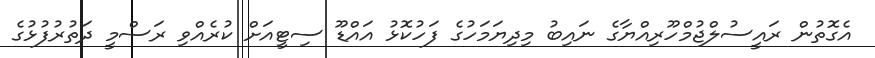
އެގޮތުން ރައީސުލްޖުމްހޫރިއްޔާގެ ނައިބު މިދިޔަމަހުގެ ފަހުކޮޅު އައްޑޫ ސިޓީއަށް ކުރެއްވި ރަސްމީ ދަތުރުފުޅުގެ